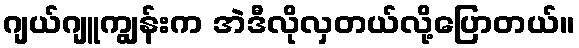
ဂျယ်ဂျူကျွန်းက အဲဒီလိုလှတယ်လို့ပြောတယ်။